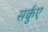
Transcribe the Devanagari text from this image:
सर्कुए